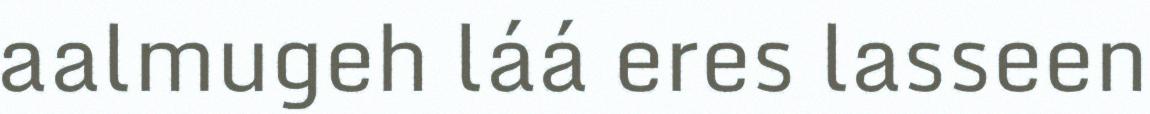
aalmugeh láá eres lasseen